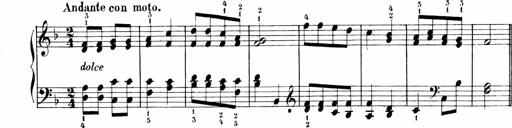
Title: Sonatinen Op.47, 98 und 136, nebst 6 Liedersonatinen
Composer: Carl Reinecke